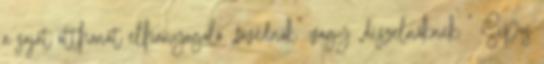
a saját otthonát elhanyagoló „fővédnök” vagy „díszelnöknek ” Sípos